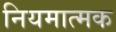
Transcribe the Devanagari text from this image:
नियमात्मक